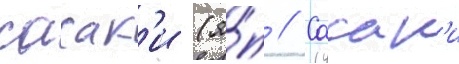
сасак'и (я́п // Сасак'и